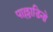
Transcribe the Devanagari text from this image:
पाल्लाडिनो